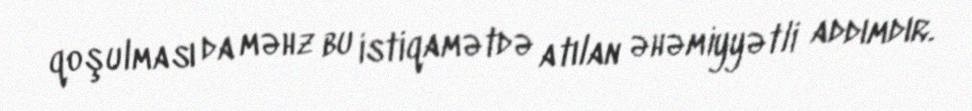
qoşulması da məhz bu istiqamətdə atılan əhəmiyyətli addımdır.